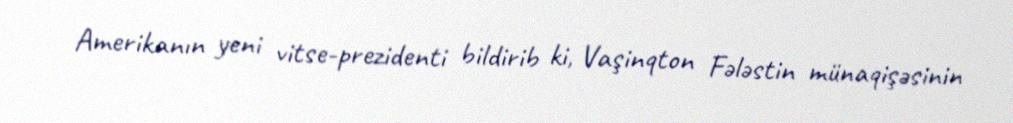
Amerikanın yeni vitse-prezidenti bildirib ki, Vaşinqton Fələstin münaqişəsinin